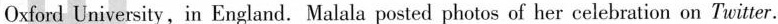
Oxford University,in England. Malala posted photos of her celebration on Twitter.